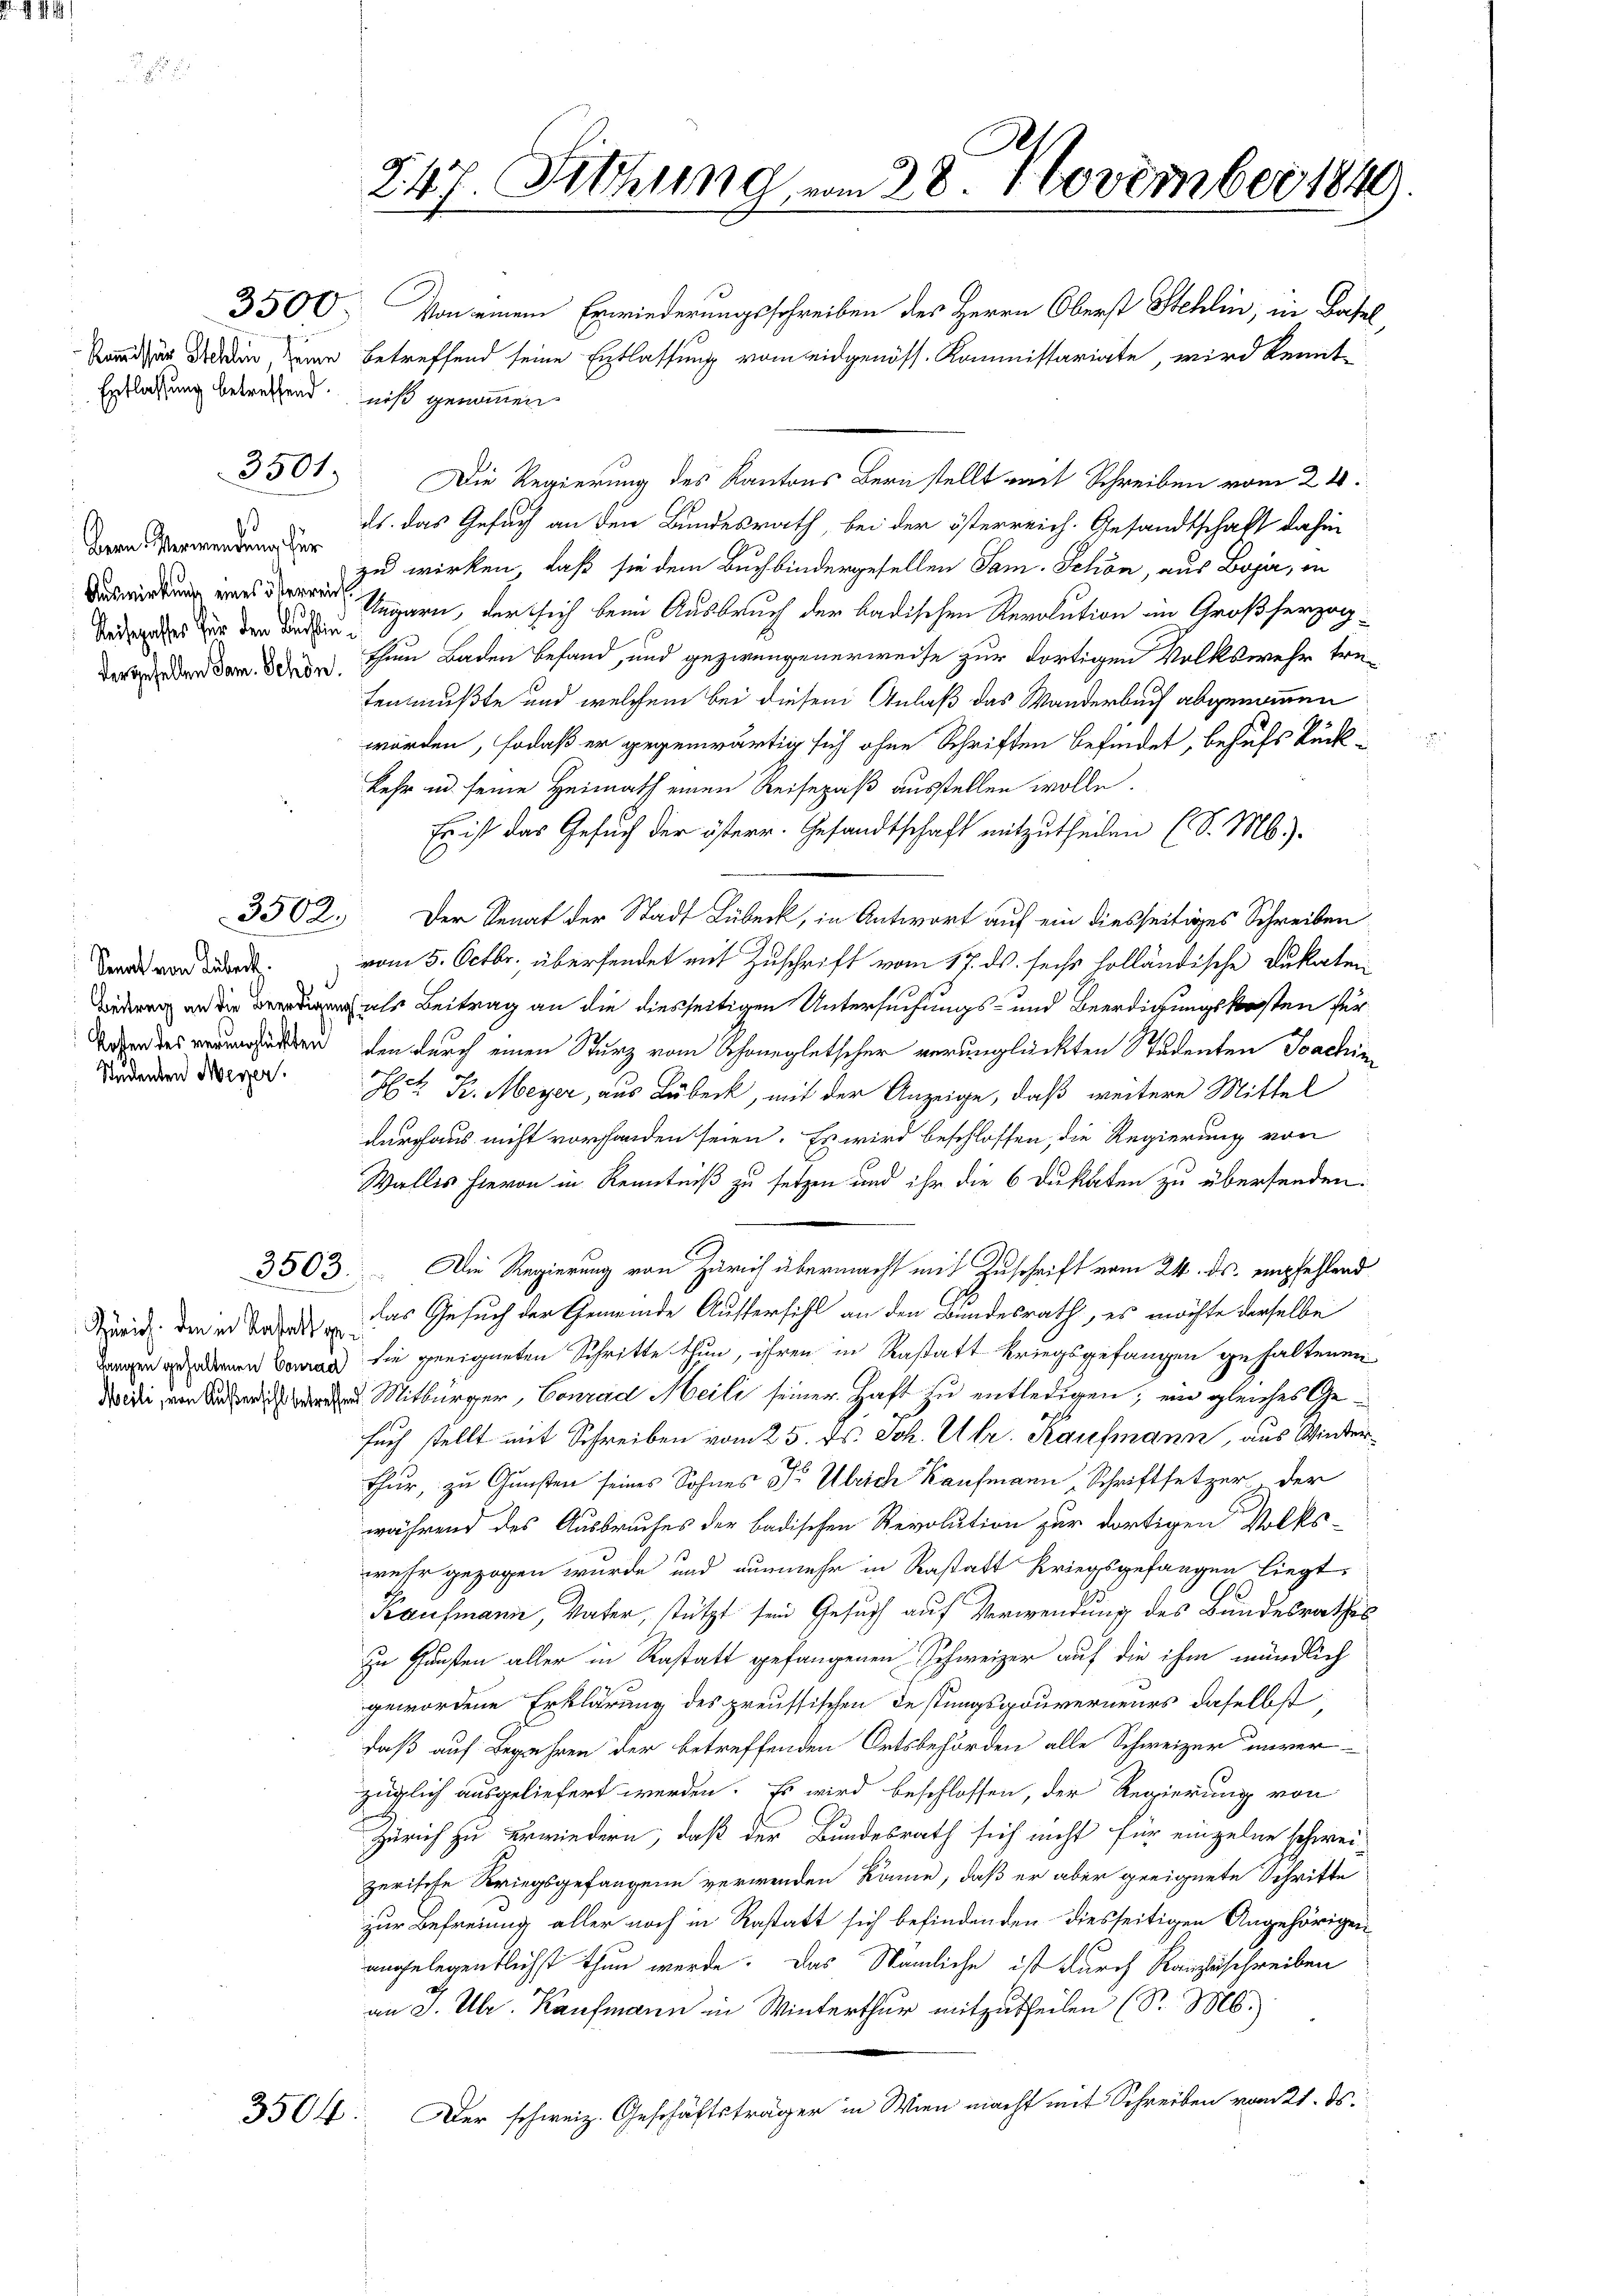
Entlassung betreffendniß genommen

d
Bern. Verwendung für
Reisepasses für den Buchbin¬

Sanat von Lübeck.
d
Studenten Meyer.

3501.

3502.

3504

247. Siehung vom 28. November 1849.

3500. Von einem Erwiederungsschreiben des Herrn Oberst Stehlin, in Basel,
Kur in ein betreffend seine Entlassung vom eidgenöss. Kommissariate, wird kennt
Die Regierung des Kantons Bern stellt mit Schreiben vom 21.
ds. das Gesuch an den Bundesrath, bei der österreich. Gesandtschaft dahin
zu wirken, daß sie dem Buchbindergesellen Sam. Schön, aus Boja, in
Gegarn, der sich beim Ausbruch der badischen Revolution im Großherzogderwenden der den Ein Baden befand, und gezweigenerweise zur dortigen Volkswehr tretenmußte und welchem bei diesem Anlaß das Wanderbuch abgenommen
worden, sodaß er gegenwärtig sich ohne Schriften befindet, behufs Rückkehr in seine Heimath einen Reisepaß ausstellen wolle.
Es ist das Gesuch der österr. Gesandtschaft mitzutheilen (S. Mb.).
Der Senat der Stadt Lübeck, in Antwort auf ein diesseitiges Schreiben
vom 5. Octbr. übersendet mit Zuschrift vom 17. ds. sechs holländische Dukaten
bedung als Beitrag an die diesseitigen Untersuchungs- und Beerdigungskosten für
odessen, den durch einen Sturz vom Schönegletscher verunglückten Studenten Joachin
auf
d
Hrt Fr. Meyer, aus Lübeck, mit der Anzeige, daß weitere Mittel
durchaus nicht vorhanden seien. Es wird beschlossen, die Regierung von
Wallis hievon in Kenntniß zu setzen und ihr die 6 Dukaten zu übersenden.
3503. Die Regierung von Zürich übermacht mit Zuschrift vom 24. ds. empfehlend
Neid den er Tode das Gesuch der Gemeinde Aussersihl an den Bundesrath, es möchte derselbe
amen deren das sie geeigneten Schritte thun, ihren in Rastatt kriegsgefangen gehaltenen
Mitbürger, Conrad Meili seiner Haft zu entledigen; ein gleiches Gesuch stellt mit Schreiben vom 25. ds. Joh. Ulr. Kaufmann, aus Winterthur, zu Gunsten seines Sohnes Dr Ulrich Kaufmann Schriftsetzer der
während des Ausbruches der badischen Revolution zur dortigen Volks-
wesser gezogen wurde und nunmehr in Rastatt Kriegsgefangen liegt,
Kaufmann, Vater, stützt sein Gesuch auf Verwendung des Bundesrathes
zu Gunsten aller in Rastatt gefangenen Schweizer auf die ihm mündlich
gewordene Erklärung des preussischen Festungsgouverneurs daselbst
daß auf Begehren der betreffenden Ortsbehörden alle Schweizer unverzüglich ausgeliefert werden. Es wird beschlossen, der Regierung von
Zürich zu erwiedern, daß der Bundesrath sich nicht für einzelne schwei-
zerische Kriegsgefangene verwenden könne, daß er aber geeignete Schritte
zur Befreiung aller noch in Rastatt sich befindenden diesseitigen Angehörigen
angelegentlichst thun werde. Das Nämliche ist durch Ranzuschreiben
an J. Uhr. Kaufmann in Winterthur mitzutheilen (S. M.)
Der schweiz. Geschäftsträger in Wien macht mit Schreiben vom 21. ds.